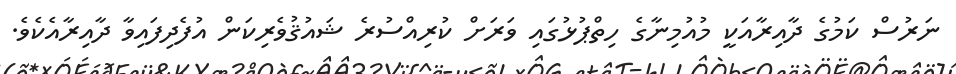
ނަރުސް ކަމުގެ ދާއިރާއަކީ މުއުމިނާގެ ހިތްޕުޅުގައި ވަރަށް ކުރިއްސުރެ ޝައުޤުވެރިކަން އުފެދިފައިވާ ދާއިރާއެކެވެ.